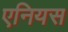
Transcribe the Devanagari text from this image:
एनियस